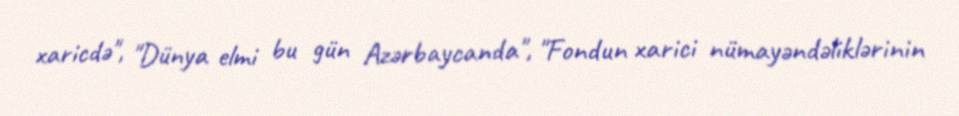
xaricdə", "Dünya elmi bu gün Azərbaycanda", "Fondun xarici nümayəndəliklərinin